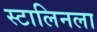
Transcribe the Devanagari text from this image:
स्टालिनला